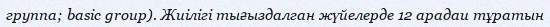
группа; basic group). Жиілігі тығыздалган жүйелерде 12 арадаи тұратын